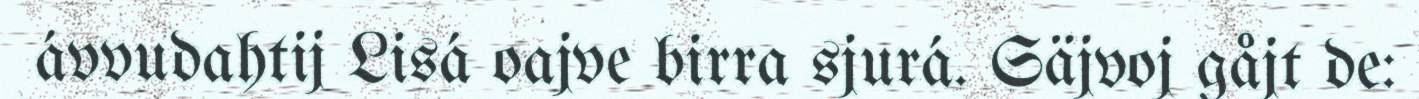
ávvudahtij Lisá oajve birra sjurá. Säjvoj gåjt de: